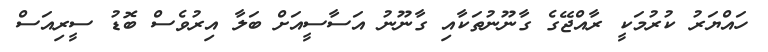
ހައްޔަރު ކުރުމަކީ ރާއްޖޭގެ ގާނޫނުތަކާއި ގާނޫނު އަސާސީއަށް ބަލާ އިރުވެސް ބޮޑު ސީރިއަސް